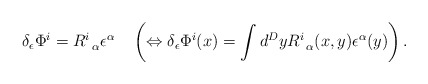
\begin{align*}\delta _\epsilon \Phi ^i=R_{\;\;\alpha }^i\epsilon ^\alpha \quad\left( \Leftrightarrow \delta _\epsilon \Phi ^i(x)=\int d^DyR_{\;\;\alpha}^i(x,y)\epsilon ^\alpha (y)\right) .\end{align*}